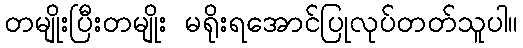
တမျိုးပြီးတမျိုး မရိုးရအောင်ပြုလုပ်တတ်သူပါ။